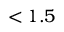
< 1 . 5